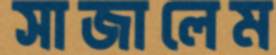
সাজালেম